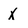
Character: X